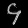
Digit: ၄